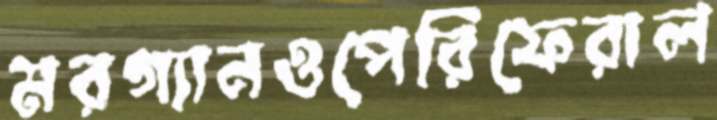
মরগ্যানওপেরিফেরাল